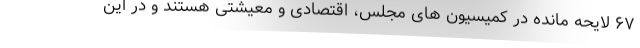
۶۷ لایحه مانده در کمیسیون های مجلس، اقتصادی و معیشتی هستند و در این